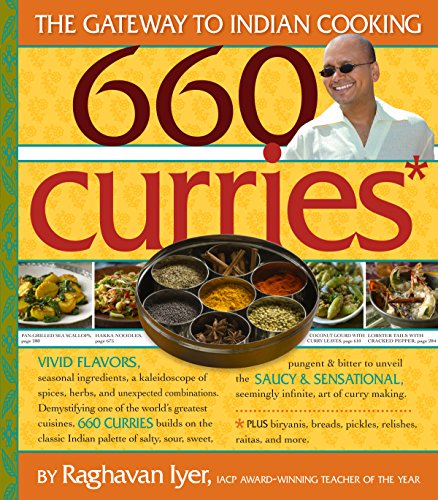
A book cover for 660 Curries; Raghavan Iyer; Cookbooks, Food & Wine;